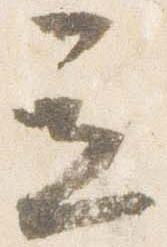
立